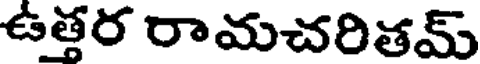
ఉత్తర రామచరితమ్